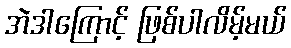
အဲဒါကြောင့် ဖြစ်ပါလိမ့်မယ်